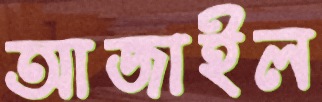
আজাইল